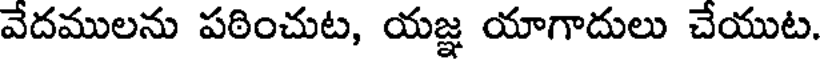
వేదములను పఠించుట, యజ్ఞ యాగాదులు చేయుట.